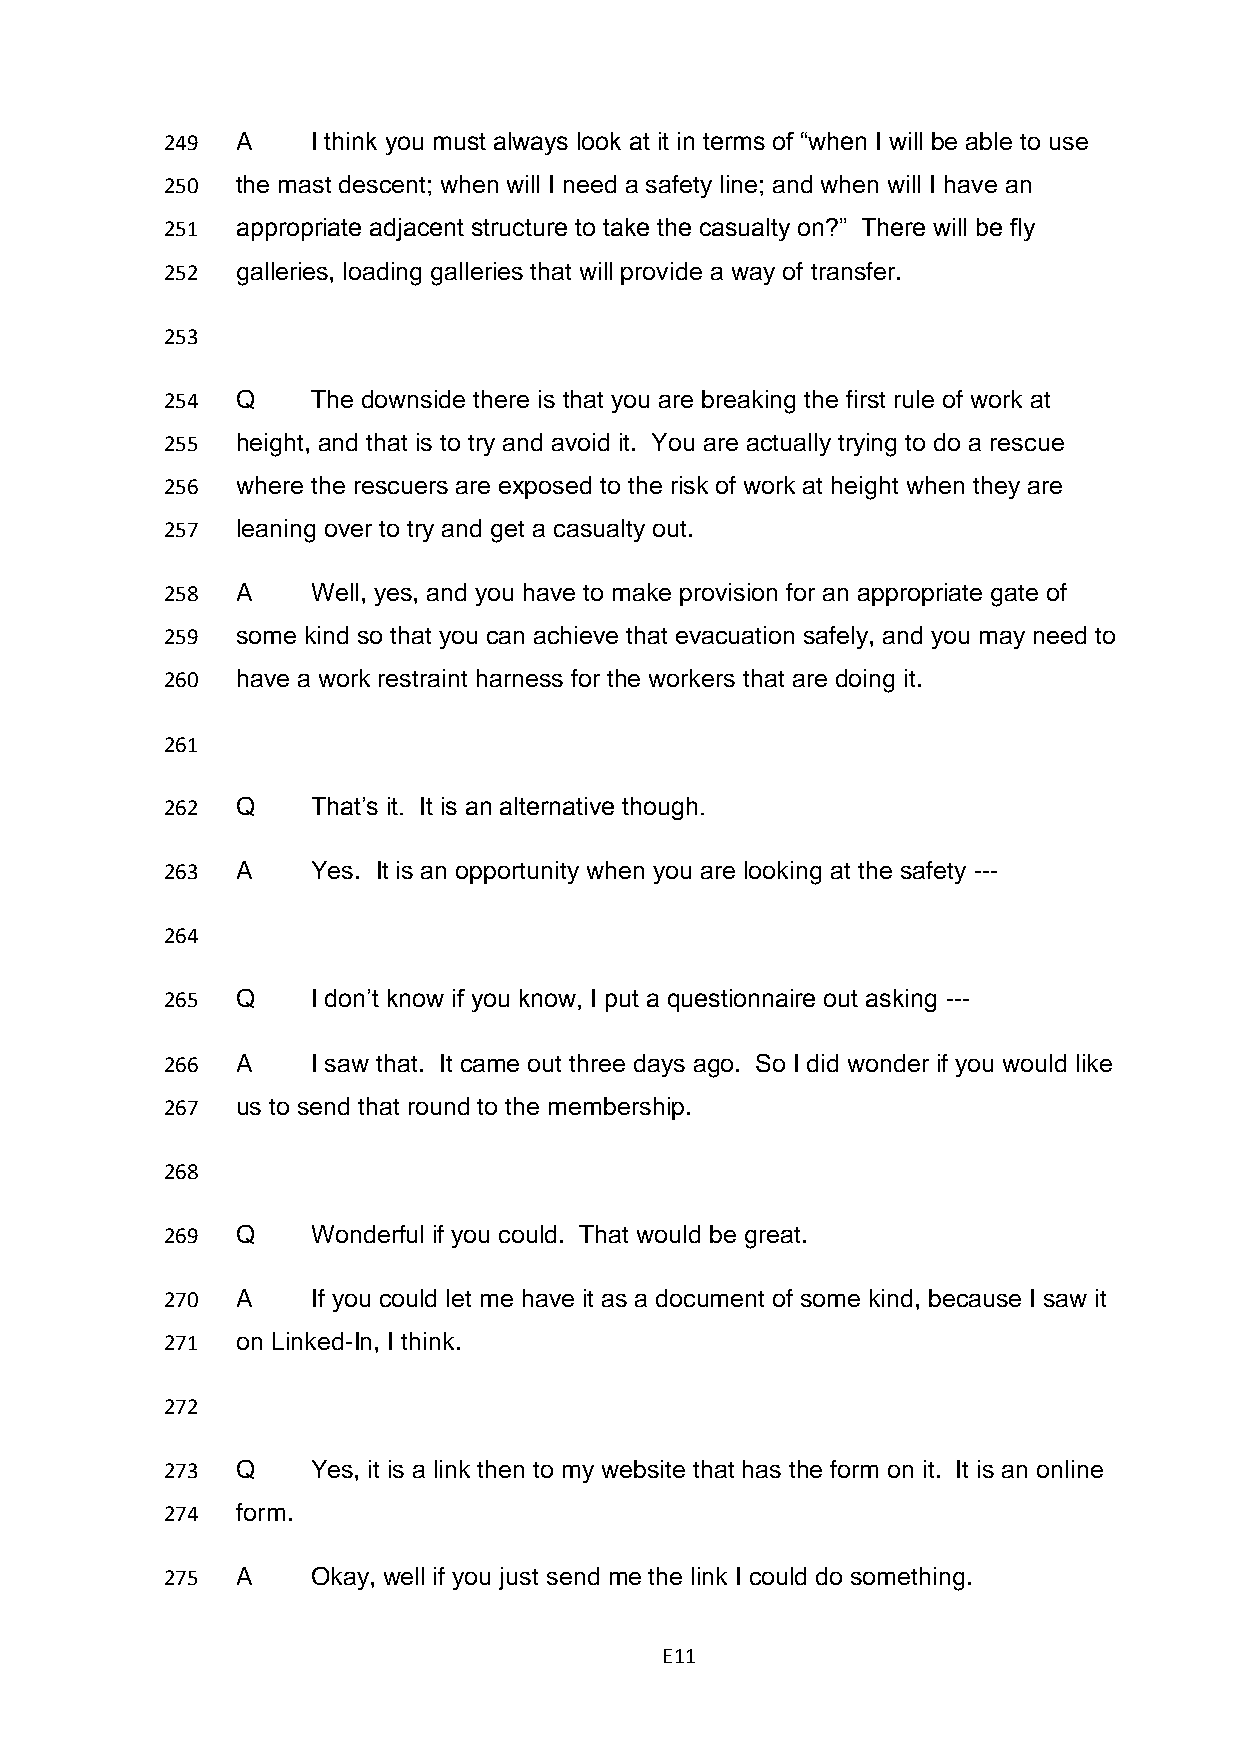
249  A    I think you must always look at it in terms of “when I will be able to use
 250  the mast descent; when will I need a safety line; and when will I have an
 251  appropriate adjacent structure to take the casualty on?” There will be fly
 252  galleries, loading galleries that will provide a way of transfer.
 253
 254  Q    The downside there is that you are breaking the first rule of work at
 255  height, and that is to try and avoid it. You are actually trying to do a rescue
 256  where the rescuers are exposed to the risk of work at height when they are
 257  leaning over to try and get a casualty out.
 258  A    Well, yes, and you have to make provision for an appropriate gate of
 259  some kind so that you can achieve that evacuation safely, and you may need to
 260  have a work restraint harness for the workers that are doing it.
 261
 262  Q    That’s it. It is an alternative though.
 263  A    Yes. It is an opportunity when you are looking at the safety ---
 264
 265  Q    I don’t know if you know, I put a questionnaire out asking ---
 266  A    I saw that. It came out three days ago. So I did wonder if you would like
 267  us to send that round to the membership.
 268
 269  Q    Wonderful if you could. That would be great.
 270  A    If you could let me have it as a document of some kind, because I saw it
 271  on Linked-In, I think.
 272
 273  Q    Yes, it is a link then to my website that has the form on it. It is an online
 274  form.
 275  A    Okay, well if you just send me the link I could do something.
 E11